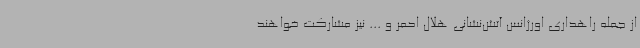
از جمله راهداری اورژانس آتش‌نشانی هلال احمر و ... نیز مشارکت خواهند